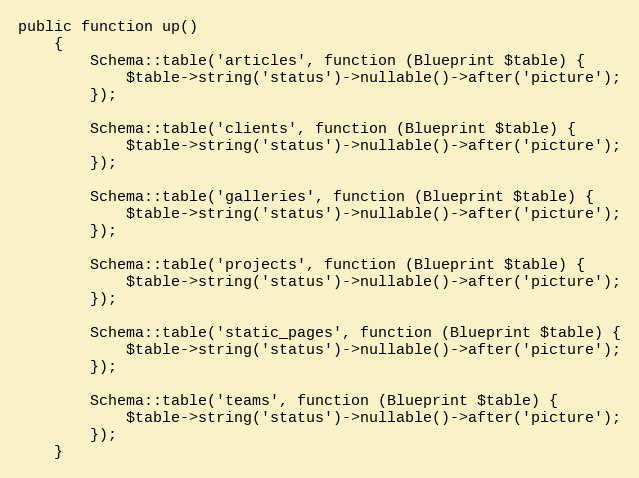
Language: PHP
public function up()
    {
        Schema::table('articles', function (Blueprint $table) {
            $table->string('status')->nullable()->after('picture');
        });

        Schema::table('clients', function (Blueprint $table) {
            $table->string('status')->nullable()->after('picture');
        });

        Schema::table('galleries', function (Blueprint $table) {
            $table->string('status')->nullable()->after('picture');
        });

        Schema::table('projects', function (Blueprint $table) {
            $table->string('status')->nullable()->after('picture');
        });

        Schema::table('static_pages', function (Blueprint $table) {
            $table->string('status')->nullable()->after('picture');
        });

        Schema::table('teams', function (Blueprint $table) {
            $table->string('status')->nullable()->after('picture');
        });
    }